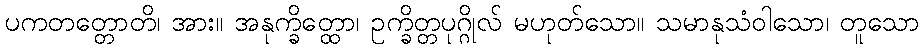
ပကတတ္တောတိ၊ အား။ အနုက္ခိတ္ထော၊ ဥက္ခိတ္တပုဂ္ဂိုလ် မဟုတ်သော။ သမာနုသံဝါသော၊ တူသော